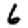
Digit: 6